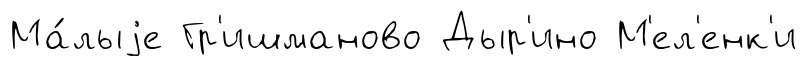
Ма́лыjе Гр'ишманово Дыр'ино М'ел'енк'и